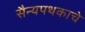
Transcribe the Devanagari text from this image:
सैन्यपथकाचे